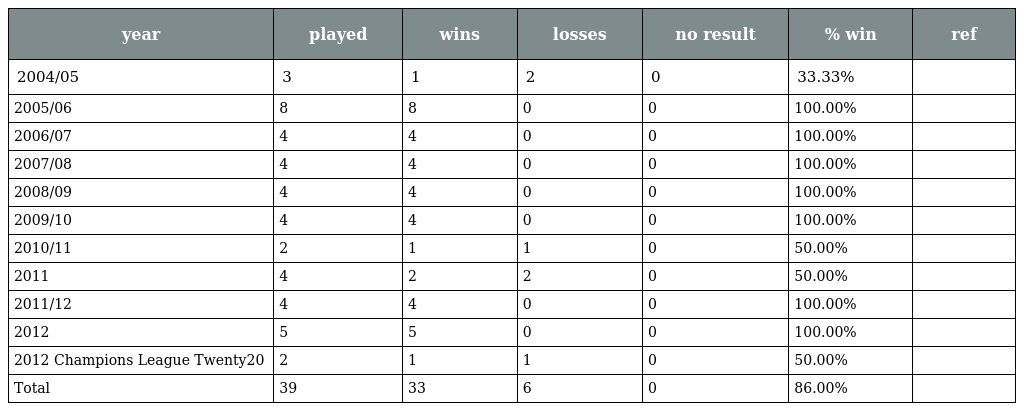
| year | played | wins | losses | no result | % win | ref |
 | --- | --- | --- | --- | --- | --- | --- |
 | 2004/05 | 3 | 1 | 2 | 0 | 33.33% |  |
 | 2005/06 | 8 | 8 | 0 | 0 | 100.00% |  |
 | 2006/07 | 4 | 4 | 0 | 0 | 100.00% |  |
 | 2007/08 | 4 | 4 | 0 | 0 | 100.00% |  |
 | 2008/09 | 4 | 4 | 0 | 0 | 100.00% |  |
 | 2009/10 | 4 | 4 | 0 | 0 | 100.00% |  |
 | 2010/11 | 2 | 1 | 1 | 0 | 50.00% |  |
 | 2011 | 4 | 2 | 2 | 0 | 50.00% |  |
 | 2011/12 | 4 | 4 | 0 | 0 | 100.00% |  |
 | 2012 | 5 | 5 | 0 | 0 | 100.00% |  |
 | 2012 Champions League Twenty20 | 2 | 1 | 1 | 0 | 50.00% |  |
 | Total | 39 | 33 | 6 | 0 | 86.00% |  |